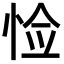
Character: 𪫺